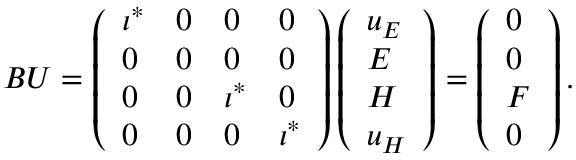
B U = \left( \begin{array} { l l l l } { \iota ^ { \ast } } & { 0 } & { 0 } & { 0 } \\ { 0 } & { 0 } & { 0 } & { 0 } \\ { 0 } & { 0 } & { \iota ^ { \ast } } & { 0 } \\ { 0 } & { 0 } & { 0 } & { \iota ^ { \ast } } \end{array} \right) \left( \begin{array} { l } { u _ { E } } \\ { E } \\ { H } \\ { u _ { H } } \end{array} \right) = \left( \begin{array} { l } { 0 } \\ { 0 } \\ { F } \\ { 0 } \end{array} \right) .